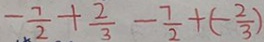
- \frac { 7 } { 2 } + \frac { 2 } { 3 } - \frac { 7 } { 2 } + ( - \frac { 2 } { 3 } )